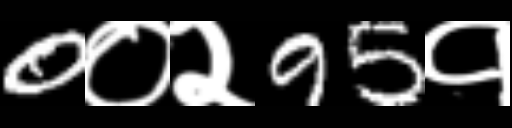
Text: 0०२95१